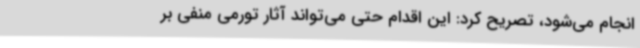
انجام می‌شود، تصریح کرد: این اقدام حتی می‌تواند آثار تورمی منفی بر